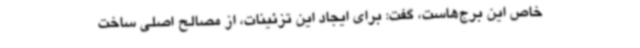
خاص این برج‌هاست، گفت: برای ایجاد این تزئینات، از مصالح اصلی ساخت